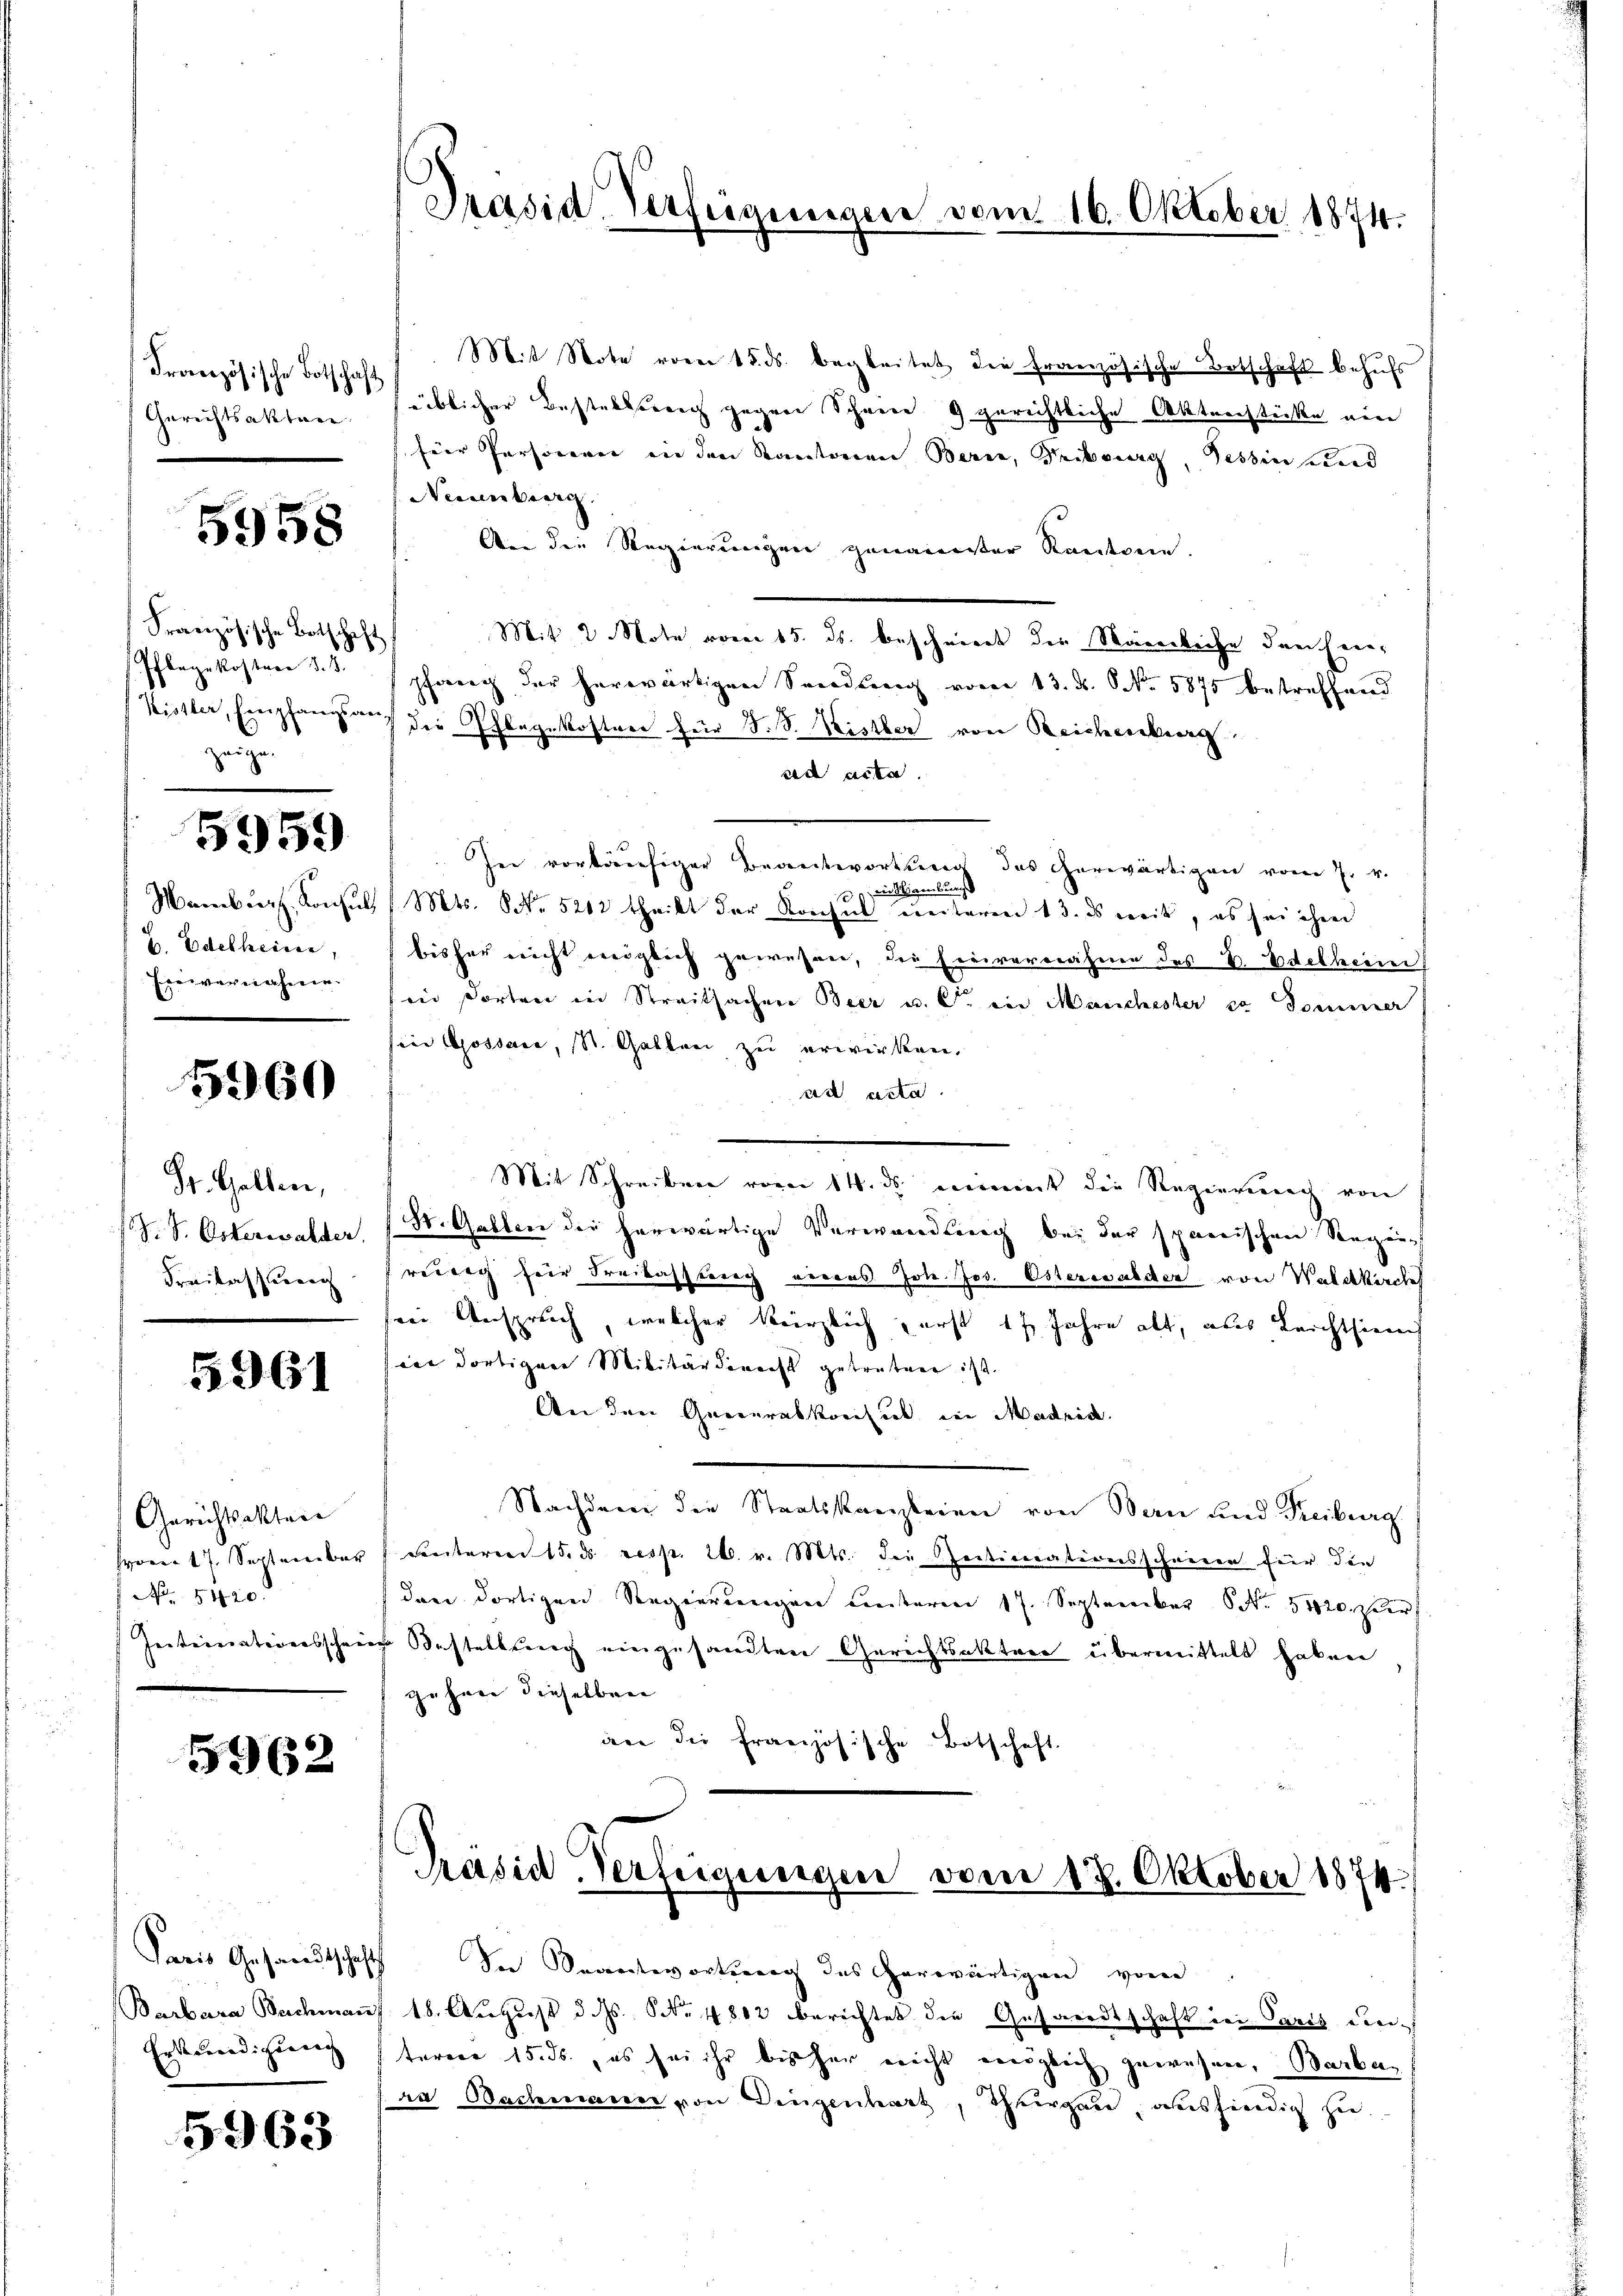
Gerichtsakten

5958

Französische Botschaft
Pflegekostere §. 8.
zei

5959

H. Edelleiner,

5960

St. Gallen,
Freilasserer

5961

Gerichtsakten
No 5120

5962

Paris Gesandtschafts

5963

Mit Note vom 15. ds. begleitet die Französische Botschaft behufs
Französische Botschaftlicher Bestellung gegen Schann 9 gerichtliche Aktenstücke ein
für Personen in den Kantonen Berer, Pribourg, Tessin und
Neisenberg
An die Regierungen genainister Kautsein.
Mit 2 Note vom 15. ds. beschniert der Waiserleihe durcherer
shang der herwärtigen Sandlung vom 13. ds. S. 5875 betreffend
.
Kister, Empfang auf die Pflegekosten für S. S. Kister von Reichenburg
sed acte
In vorläufiger Beantwortung des Gerwärtigen vom 7. v.
 mitteilung
Mamburg, Konsul, (Mts. NNo. 5202 theilt der Konseil unteren 13. es weit, es sei ihm
bisher nicht möglich gewesen, der Freiversahmen des B. Edelheim
Einvernahmen sind dorten in Streitsachen Beer u. C in Manchester so dominer
sin Gossare, St. Gallen zu erwirken.
ad acta
Mit Schreiben vom 14. ds. einerient die Regierieren von
(S. S. Osterwalder, St. Gallen der herwärtige Verwandlung bei der sparrischen Regie-
reberg für Freikassung einaus Joh. Jos. Osterwalder von Waldkirche
ein Anspruch, welcher kürzlich, erst 17. Jahre alt, aus Leichtsinnch
vie dortigen Militärdinacht getreten ist.
An den Generalkonsul in Madrid.
Nachdem die Staatskanzleien von Man und Freiburg
Hom 17. September 1 unteren 15. ds resp. 26. v. Mts. die Recticerationsscheinen für die
dann dortigen Regierungen unteren 17. September No. 5420 per
Internationsschein Bestellung eingesandten Gerichtsaktere übermittelt haben
gehen dieselben
ier die französische Botschaft.

Präsid. Verfügungen vom 16. Oktober 1874.

In Verantwortung des Gerwärtigen von
Barbara Bachmaṅs 18. August d. Js. S. 1812 berichtet die Gesandtschaft den Paris den

Präsid. Verfügungen vom 13. Oktober 1874.

Erkundigung ferner 15. ds., es sei ihr bisher nicht möglich gewesen, Barban
ra Bachmann von Dingenhart, Thurgau ausfindig zu